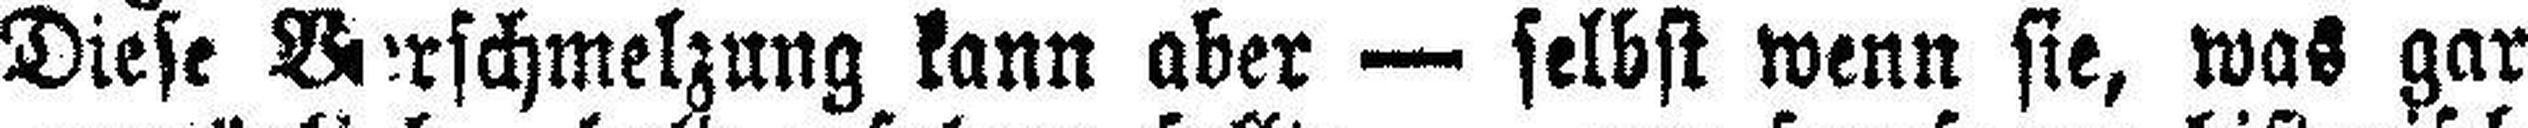
Diese Barschmelzung kann aber — selbst wenn sie, was gar